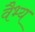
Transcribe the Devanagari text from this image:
वैभ्य